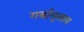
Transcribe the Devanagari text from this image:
गर्बांगुलाय